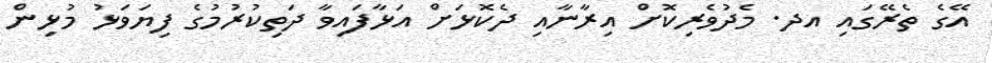
އޭގެ ތެރޭގައި އދ. މެދުވެރިކޮށް އިރާނާއި ދެކޮޅަށް އަޅާފައިވާ ދަތިކުރުމުގެ ފިޔަވަޅު މުޅިން